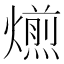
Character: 𤐄